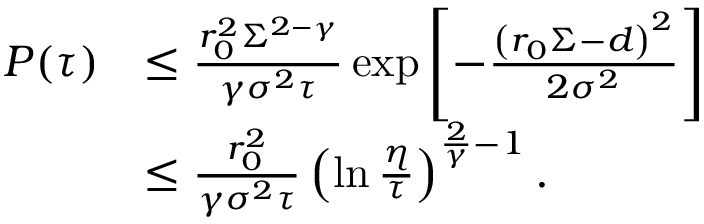
\begin{array} { r l } { P ( \tau ) } & { \leq \frac { r _ { 0 } ^ { 2 } \Sigma ^ { 2 - \gamma } } { \gamma \sigma ^ { 2 } \tau } \exp \left[ - \frac { \left( r _ { 0 } \Sigma - d \right) ^ { 2 } } { 2 \sigma ^ { 2 } } \right] } \\ & { \leq \frac { r _ { 0 } ^ { 2 } } { \gamma \sigma ^ { 2 } \tau } \left( \ln \frac { \eta } { \tau } \right) ^ { \frac { 2 } { \gamma } - 1 } . } \end{array}